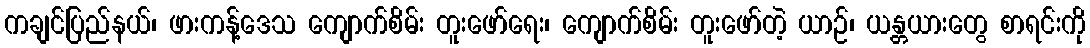
ကချင်ပြည်နယ်၊ ဖားကန့်ဒေသ ကျောက်စိမ်း တူးဖော်ရေး၊ ကျောက်စိမ်း တူးဖော်တဲ့ ယာဉ်၊ ယန္တယားတွေ စာရင်းကို